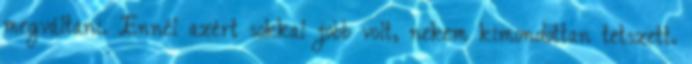
megváltani. Ennél azért sokkal jobb volt, nekem kimondottan tetszett.